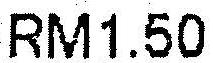
RM1.50